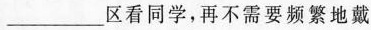
___区看同学，再不需要频繁地戴